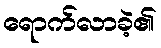
ရောက်လာခဲ့၏